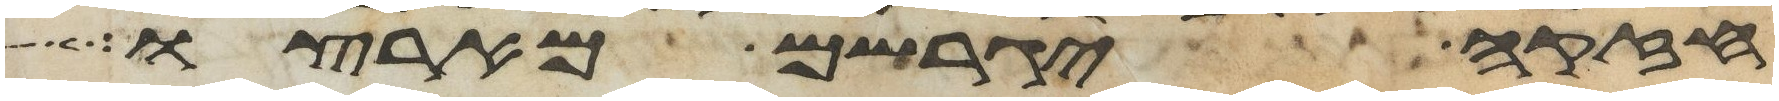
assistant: חזקה יגרשם מארצו